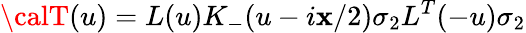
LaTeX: {\calT}(u)=L(u)K_{-}(u-i\mathbf{x}/2)\sigma_{2}L^{T}(-u)\sigma_{2}